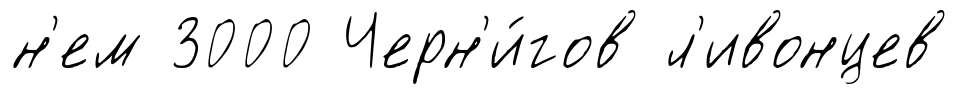
н'ем 3000 Черн'и́гов л'ивонцев